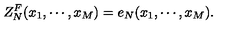
Z _ { N } ^ { F } ( x _ { 1 } , \cdots , x _ { M } ) = e _ { N } ( x _ { 1 } , \cdots , x _ { M } ) .